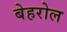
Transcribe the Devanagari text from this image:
बेहरोल